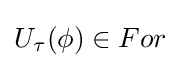
U_{\tau }(\phi )\in For